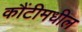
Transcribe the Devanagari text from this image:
कौंटीमधील